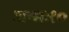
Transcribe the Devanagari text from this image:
जन्मः१०